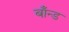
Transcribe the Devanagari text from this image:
बाँन्ड